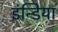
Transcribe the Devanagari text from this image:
इंन्डिया